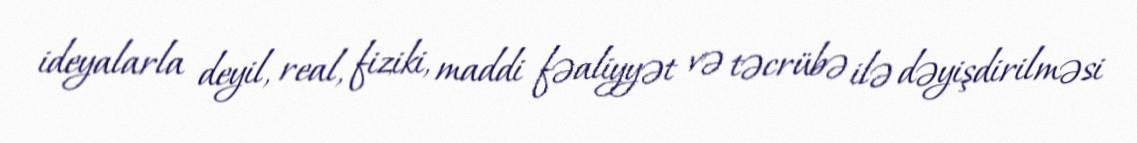
ideyalarla deyil, real, fiziki, maddi fəaliyyət və təcrübə ilə dəyişdirilməsi